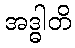
အဒ္ဓါတိ